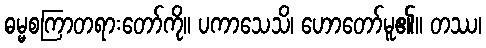
ဓမ္မစကြာတရားတော်ကို။ ပကာသေသိ၊ ဟောတော်မူ၏။ တဿ၊